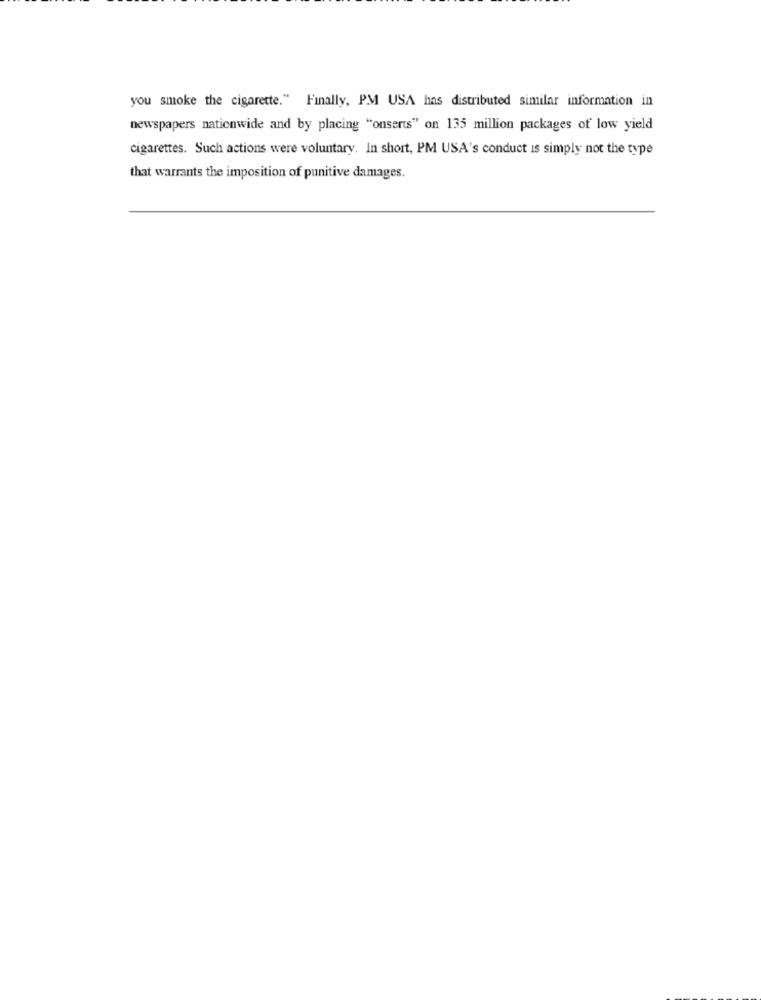
you smoke the cigarette." Finally, PM USA has distributed similar information in
newspapers nationwide and by placing "onserts" on 135 million packages of low yield
cigarettes. Such actions were voluntary. In short, PM USA's conduct is simply not the type
that warrants the imposition of punitive damages.